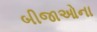
બીજાઓના